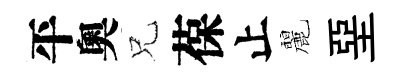
平奧兄葆止麗堊